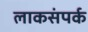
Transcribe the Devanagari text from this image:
लाकसंपर्क